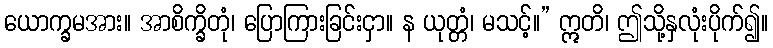
ယောက္ခမအား။ အာစိက္ခိတုံ၊ ပြောကြားခြင်းငှာ။ န ယုတ္တံ၊ မသင့်။” ဣတိ၊ ဤသို့နှလုံးပိုက်၍။